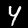
Digit: 4